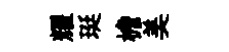
耀珽檐美